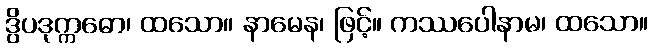
ဒွိပဒုက္ကဓော၊ ထသော။ နာမေန၊ ဖြင့်။ ကဿပေါနာမ၊ ထသော။